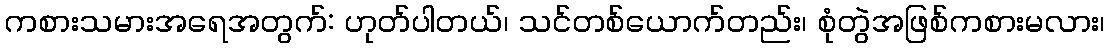
ကစားသမားအရေအတွက်: ဟုတ်ပါတယ်၊ သင်တစ်ယောက်တည်း၊ စုံတွဲအဖြစ်ကစားမလား၊